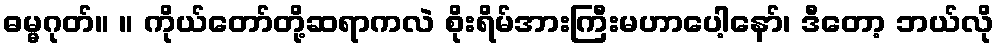
ဓမ္မဂုတ်။ ။ ကိုယ်တော်တို့ဆရာကလဲ စိုးရိမ်အားကြီးမဟာပေါ့နော်၊ ဒီတော့ ဘယ်လို